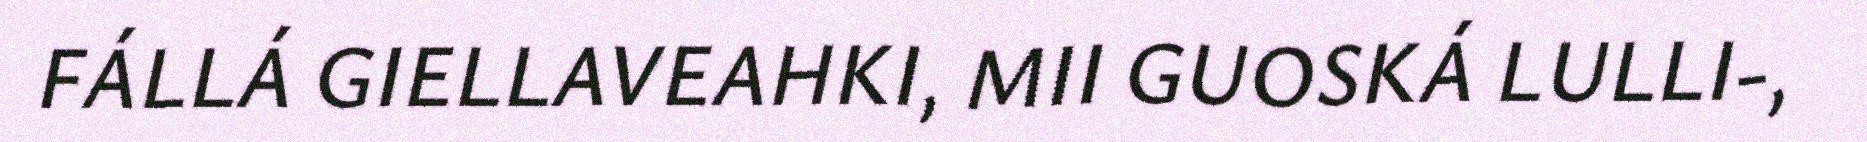
FÁLLÁ GIELLAVEAHKI, MII GUOSKÁ LULLI-,